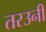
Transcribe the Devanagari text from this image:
तरउनी